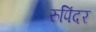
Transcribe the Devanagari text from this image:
रुपिंदर